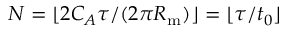
N = \lfloor 2 C _ { A } \tau / ( 2 \pi R _ { \mathrm { m } } ) \rfloor = \lfloor \tau / t _ { 0 } \rfloor